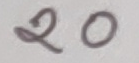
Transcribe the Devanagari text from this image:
२०